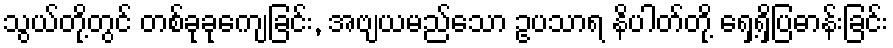
သွယ်တို့တွင် တစ်ခုခုကျေခြင်း, အဗျယမည်သော ဥပသာရ နိပါတ်တို့ ရှေ့ရှိပြဓာန်းခြင်း